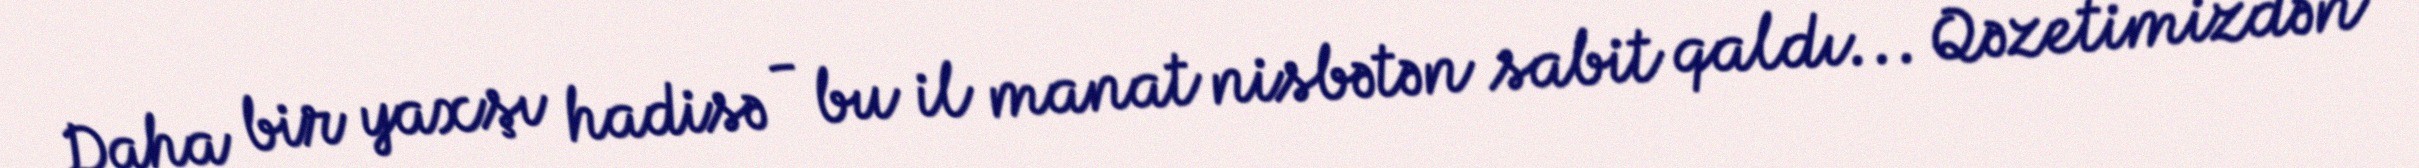
Daha bir yaxşı hadisə - bu il manat nisbətən sabit qaldı... Qəzetimizdən